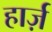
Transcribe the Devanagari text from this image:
हार्ज़